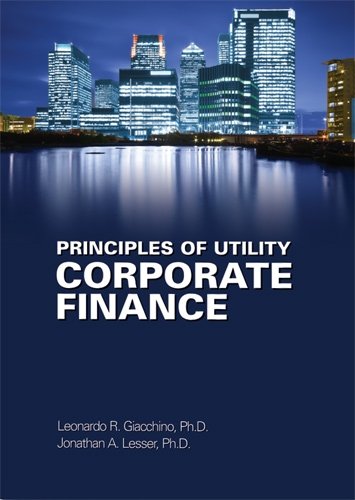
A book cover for Principles of Utility Corporate Finance; Leonardo R. Giacchino; Law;